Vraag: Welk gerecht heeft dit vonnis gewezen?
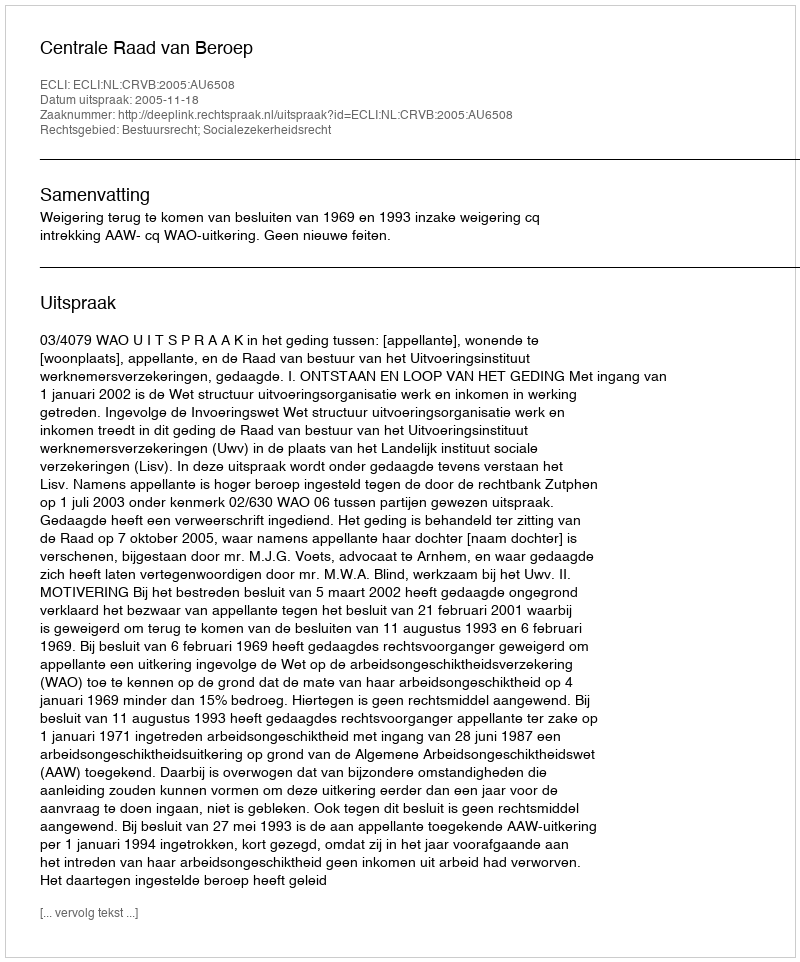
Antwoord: Centrale Raad van Beroep